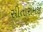
સીતારામજી